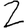
Digit: 2